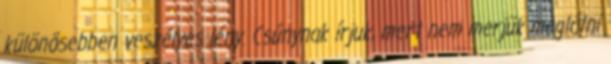
különösebben veszélyes lény. Csúnynak írjuk, mert nem merjük meglátni